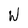
Character: W